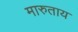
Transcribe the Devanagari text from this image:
मारुताय